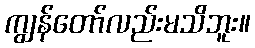
ကျွန်တော်လည်းမသိဘူး။